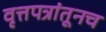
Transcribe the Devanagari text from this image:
वृत्तपत्रांतूनच